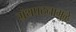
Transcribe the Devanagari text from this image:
ग्रंथपठनामुळे